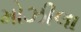
મોઝીલા